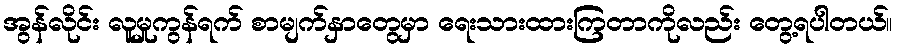
အွန်လိုင်း လူမှုကွန်ရက် စာမျက်နှာတွေမှာ ရေးသားထားကြတာကိုလည်း တွေ့ရပါတယ်။